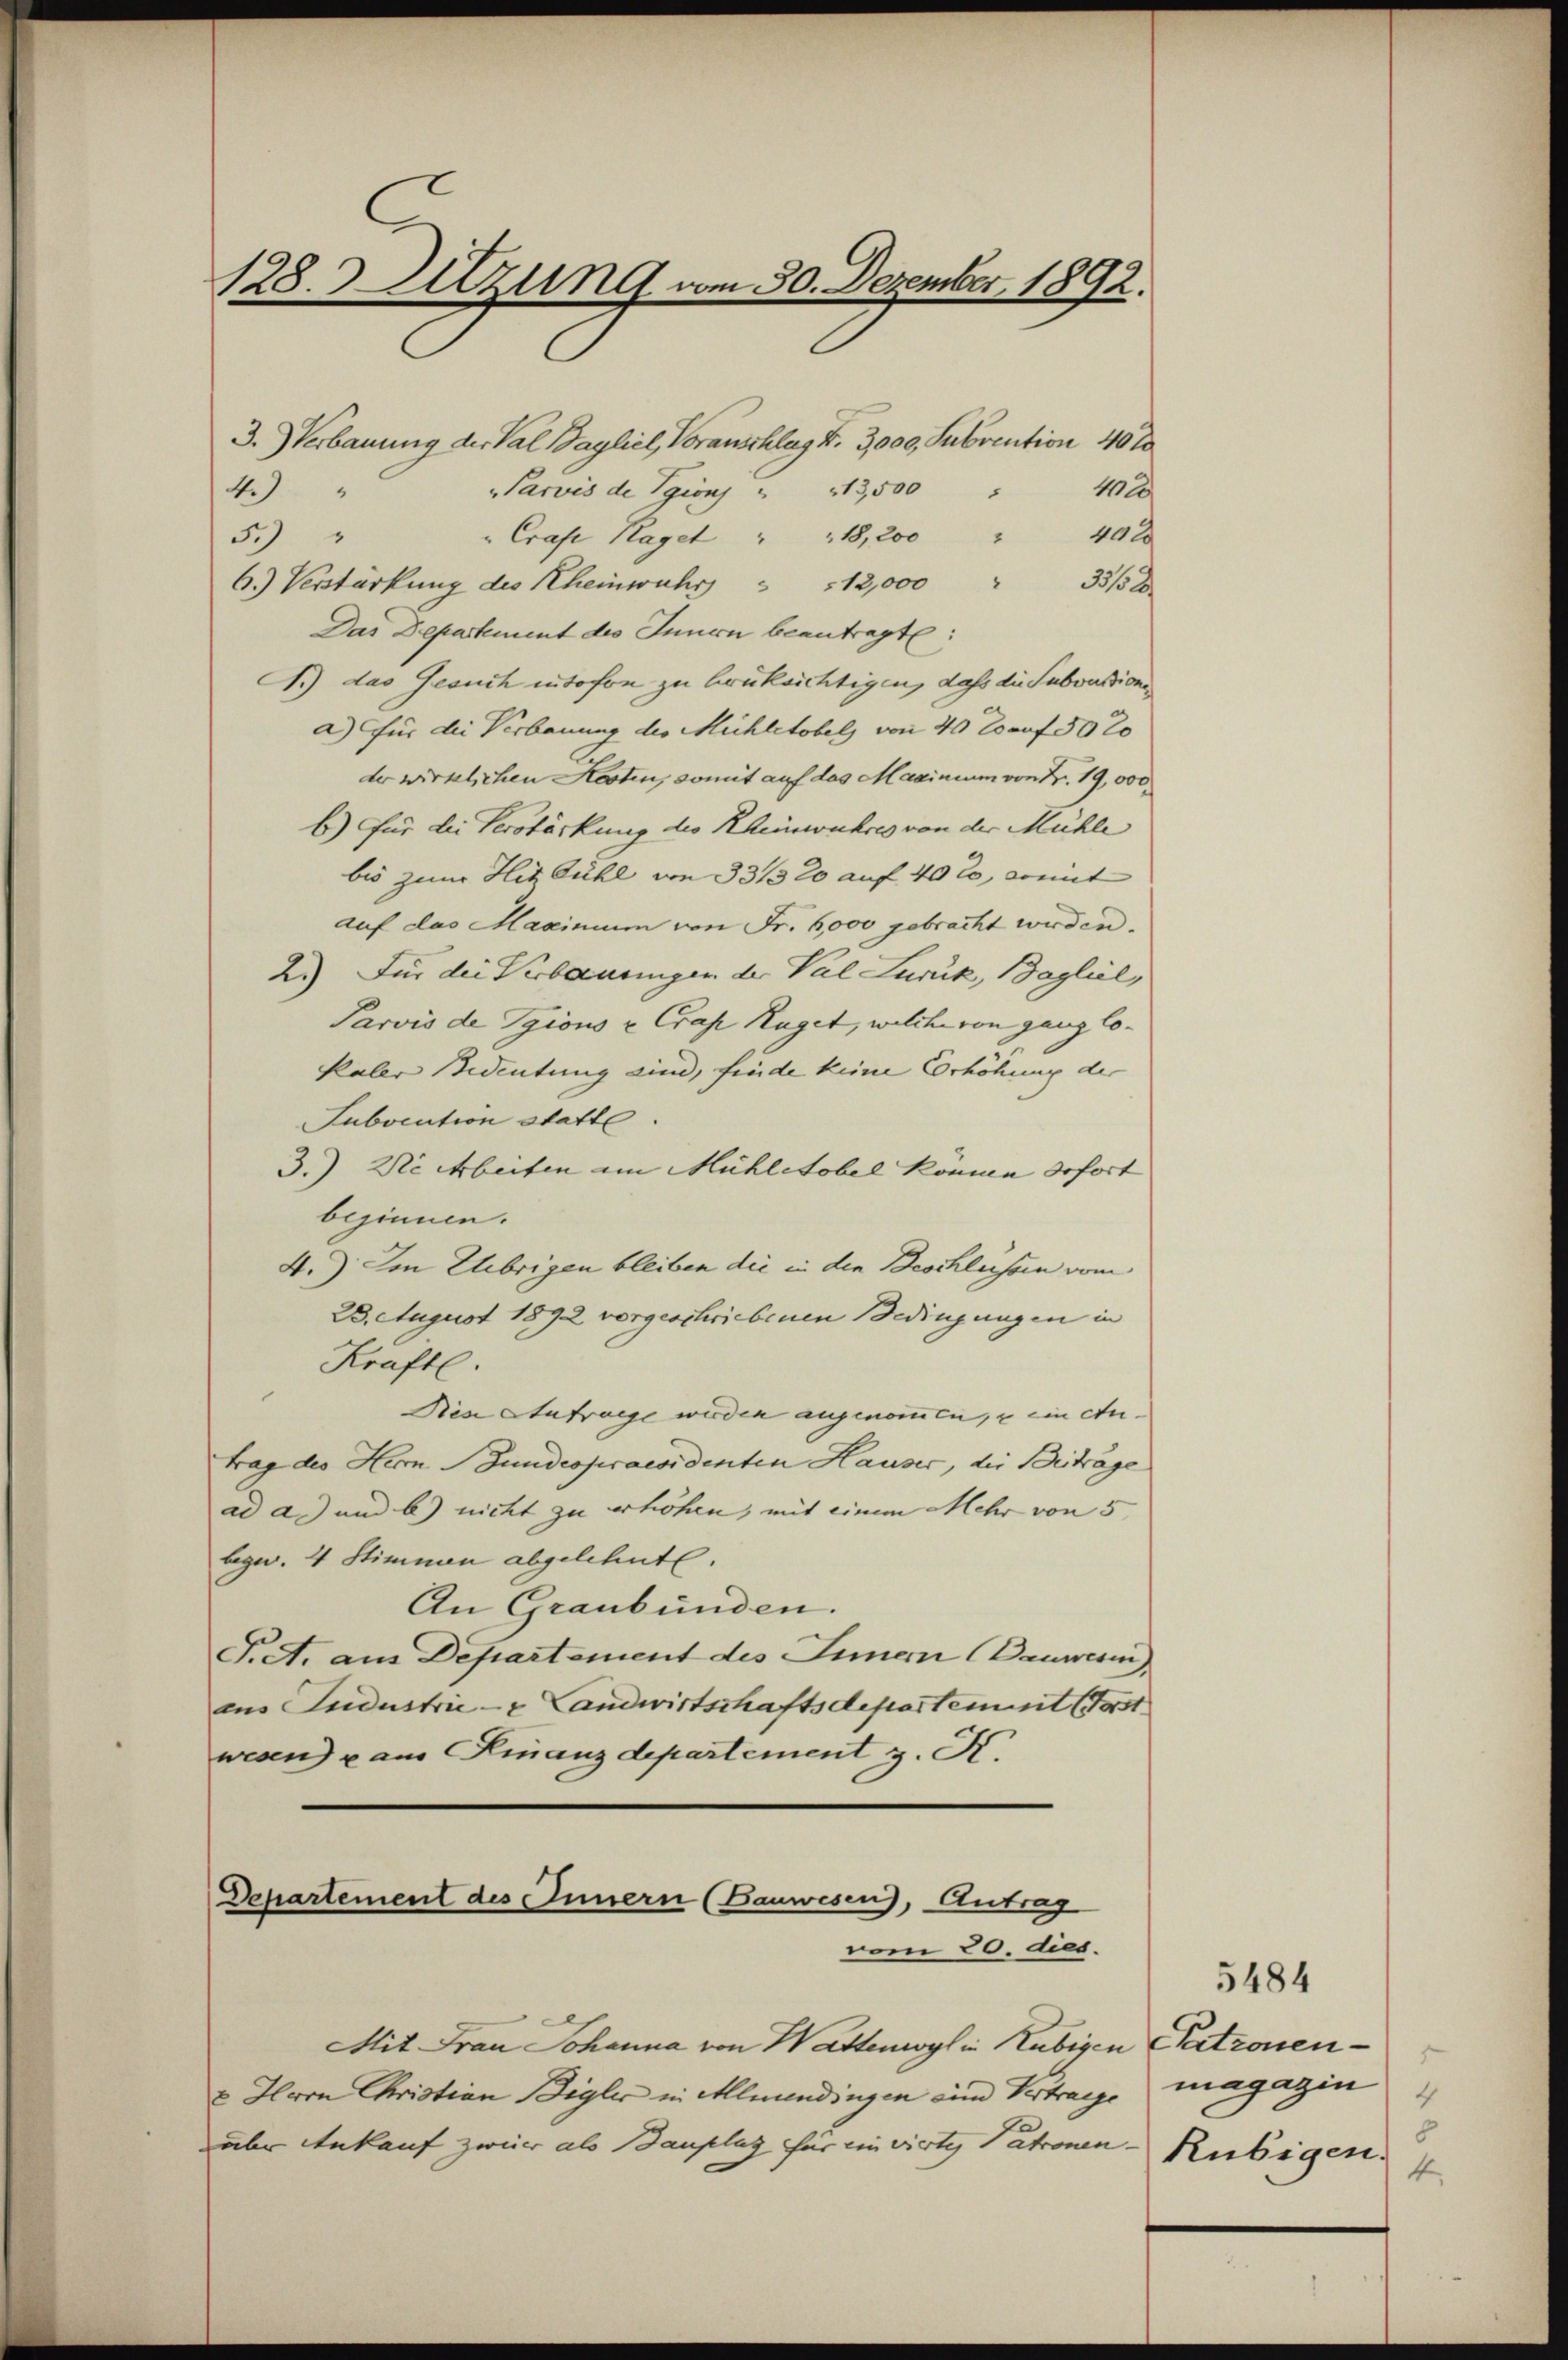
128. Sitzung vom 30. Dezember 1892.

3. Verbauung der Val Taglich, Voranschlag 4. 3,000, Subvention 40%
"Parvis de Vgions " 13,500 " 40 x
4.)
“
Crase Hagel        "             18, 200        "                40 x
5.)
6.) Verstärkung des Rheinwahr                          12,000
Das Departement des Innern beantragte:
A.) das Gesuch intofon zu brüksichtigen, daß die Subventione
a) für die Verbauung des Michletobel, von 40 Zoruf 30 20
der wirklichen Kosten, somit auf das Maginium von Z. 19,000
b.) Für die Verstärkung des Rheinwuhres von der Mühle
bis zum Hiz Guhl von 33/3 20 auf 40 l., womit
auf das Maximum von Fr. 6000 gebracht werden.
2.) Für die Verbauungen der Val Zurück, Bagliel,
Parvis de Pgions u Crap Kaget, welche von ganz lokaler Bedeutung sind, finde keine Corhöhung der
Subocution statte.
3.) Verbeiten im Mühletobel komme sofort
beginnen.
4.). Im Uebrigen bleiben die in den Beschlüssen vom
23. August 1892 vorgeschriebenen Bedingungen in
Kräfte.
Den Aufrage wurden angenommen, u ein An-
trag des Herrn Stundespraesidenten Hauser, die Beitrage
ad a.) und b.) nicht zu erhöhen, mit einem Mehr von 5
bezw. 4 Stimmen abgelehnt.
An Graubünden.
S.A. aus Departement des Innern Bauwesen),
aus Jndustrie- & Landwirtschaftsdepartemmt (Fort
wesen u am Finanzdepartement z. K.

Departement des Innern (Bauwesen), Antrag
vom 20. dies.

Mit Frau Johanna von Wattenwyl in Rubigen Patronen¬
& Herrn Christian Bigler in Allmendingen ein Vertrage magazin
aber Ankauf zweier als Bauplaz für einvirte Patronen-Rubigen.

5484
8
4.